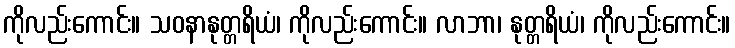
ကိုလည်းကောင်း။ သဝနာနုတ္တရိယံ၊ ကိုလည်းကောင်း။ လာဘာ၊ နုတ္တရိယံ၊ ကိုလည်းကောင်း။